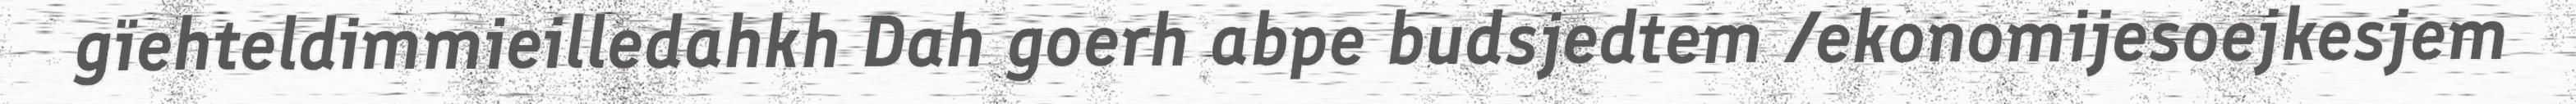
gïehteldimmieilledahkh Dah goerh abpe budsjedtem /ekonomijesoejkesjem